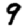
Digit: 9